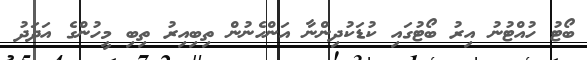
ބޯޓު ހުއްޓުނު އިރު ބޯޓުގައި ކުޑަކުދިންނާ އަންހެނުން ތިބިއިރު ތިބި މީހުންގެ އަދަދު